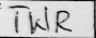
Transcription: TWR